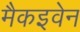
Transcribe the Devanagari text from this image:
मैकइवेन